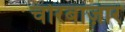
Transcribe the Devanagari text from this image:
चोरबाज़ार